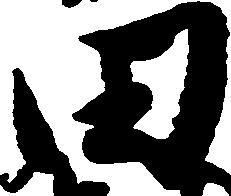
田